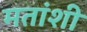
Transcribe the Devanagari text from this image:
मतांशी